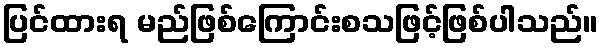
ပြင်ထားရ မည်ဖြစ်ကြောင်းစသဖြင့်ဖြစ်ပါသည်။